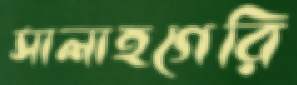
সালাহগেরি